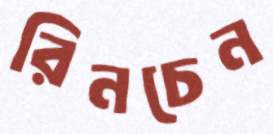
রিনচেন